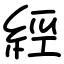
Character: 經